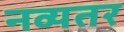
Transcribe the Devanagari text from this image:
नव्यतर